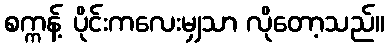
စက္ကန့် ပိုင်းကလေးမျှသာ လိုတော့သည်။